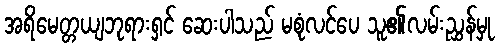
အရိမေတ္တယျဘုရားရှင် ဆေးပါသည် မစုံလင်ပေ သူ၏လမ်းညွှန်မှု